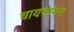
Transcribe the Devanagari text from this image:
चायनामन